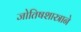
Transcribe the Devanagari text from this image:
जोतिषशास्त्राने